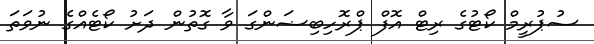
ސުޕުރީމް ކޯޓުގެ ރިޓް އޮފް ޕްރޮހިބިޟަންގަ ވާ ގޮތުން ދަށު ކޯޓެއްގެ ނުވަތަ